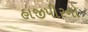
હાજીપીરનો